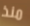
منذ